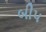
બી૫